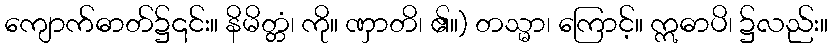
ကျောက်ဓာတ်၌၎င်း။ နိမိတ္တံ၊ ကို။ ဏှာတိ၊ ၏။) တသ္မာ၊ ကြောင့်။ ဣဓာပိ၊ ၌လည်း။